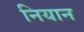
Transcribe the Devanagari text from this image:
नियान